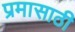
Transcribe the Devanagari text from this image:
प्रमासाठी